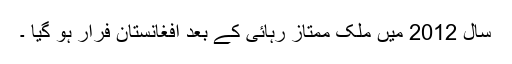
سال 2012 میں ملک ممتاز رہائی کے بعد افغانستان فرار ہو گیا ۔